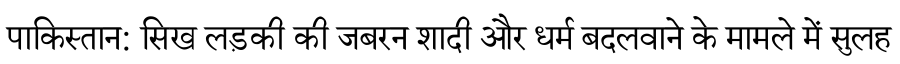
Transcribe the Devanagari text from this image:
पाकिस्तान: सिख लड़की की जबरन शादी और धर्म बदलवाने के मामले में सुलह